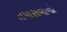
તપાસવાની